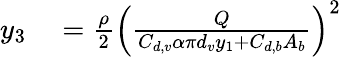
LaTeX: \begin{array}{rl}{y_{3}}&{{}=\frac{\rho}{2}\left(\frac{Q}{C_{d,v}\alpha\pi d_{v}y_{1}+C_{d,b}A_{b}}\right)^{2}}\end{array}